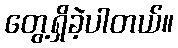
တွေ့ရှိခဲ့ပါတယ်။